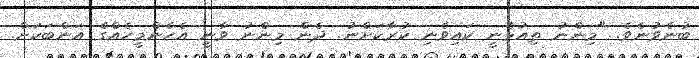
ބުނެވުނެވެ. "މިންނު ތިއުޅެނީ ކައިވެނި ކުރާކަށްނު. ދެން މިންނު ވާނީ އެހެންމީހެއްގެ އަންބަކަށް.